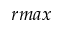
r m a x